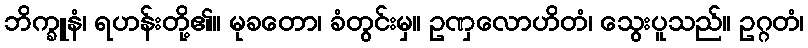
ဘိက္ခူနံ၊ ရဟန်းတို့၏။ မုခတော၊ ခံတွင်းမှ။ ဥဏှလောဟိတံ၊ သွေးပူသည်။ ဥဂ္ဂတံ၊